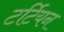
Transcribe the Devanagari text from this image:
टर्टियन